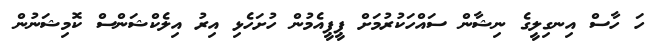
ހަ ހާސް އިނގިލީގެ ނިޝާން ސައްހަކުރުމަށް ޕީޕީއެމުން ހުށަހެޅި އިރު އިލެކްޝަންސް ކޮމިޝަނުން